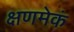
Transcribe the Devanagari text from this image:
क्षणमेकं